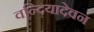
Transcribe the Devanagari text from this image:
वन्दियादेवन